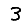
Digit: 3